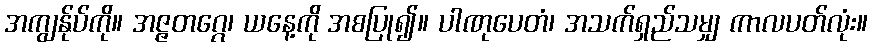
အကျွန်ုပ်ကို။ အဇ္ဇတဂ္ဂေ၊ ယနေ့ကို အစပြု၍။ ပါဏုပေတံ၊ အသက်ရှည်သမျှ ကာလပတ်လုံး။